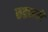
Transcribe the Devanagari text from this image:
रुद्ररूपी